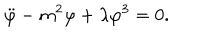
\ddot { \varphi } - m ^ { 2 } \varphi + \lambda \varphi ^ { 3 } = 0 .